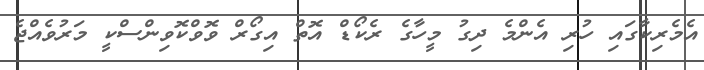
އެމެރިކާގައި ހުރި އެންމެ ދިގު މީހާގެ ރެކޯޑް އޮތް އިގޯރް ވޮވްކޮވިންސްކީ މަރުވެއްޖެ